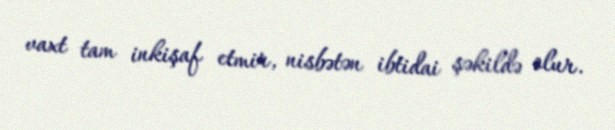
vaxt tam inkişaf etmir, nisbətən ibtidai şəkildə olur.